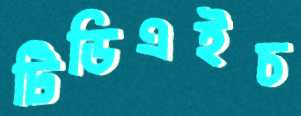
টিডিএইচ